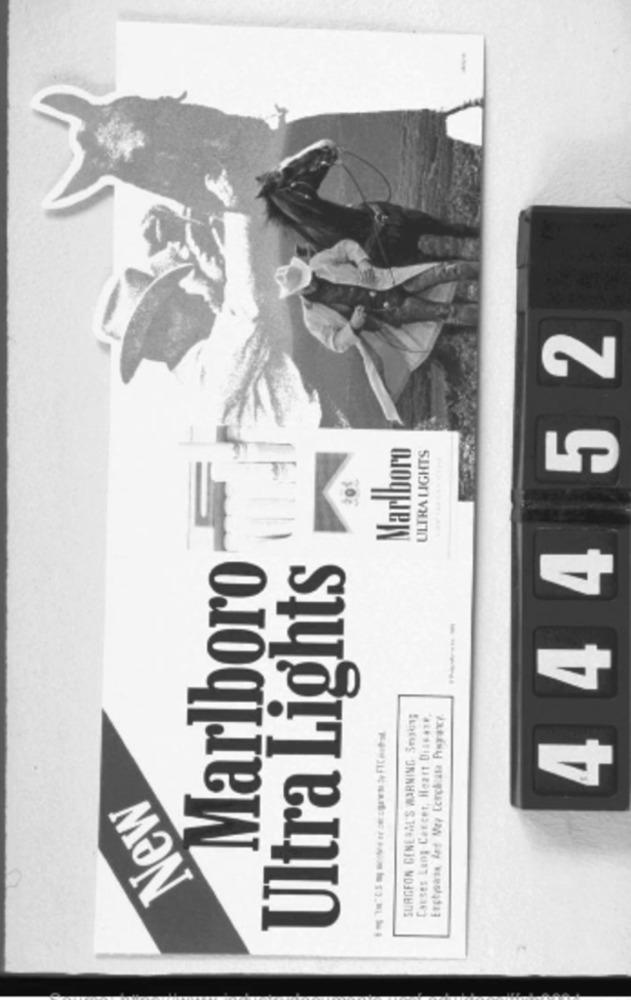
444 52
Marlboro
ULTRA LIGHTS
Marlboro
Ultra Lights
SURGEON GENERAL'S WARNING Sm301;
Causes Lang Checet, Heart Disease.
New